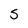
Character: 5